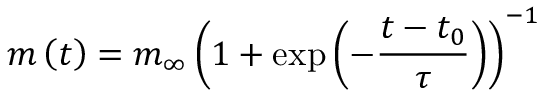
m \left( t \right) = m _ { \infty } \left( 1 + \exp \left( - \frac { t - t _ { 0 } } { \tau } \right) \right) ^ { - 1 }